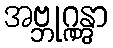
အဗ္ဘုဂ္ဂန္တွာ